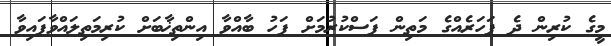
މީގެ ކުރިން ދެ ފަހަރެއްގެ މަތިން ފަސްކުރުމަށް ފަހު ބާއްވާ އިންތިޚާބަށް ކުރިމަތިލައްވާފައިވާ